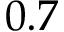
0 . 7